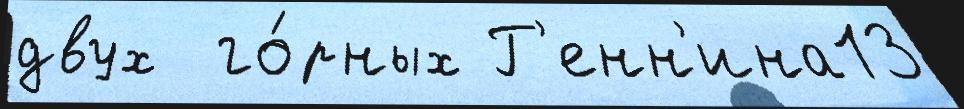
двух  го́рных Г'енн'ина13